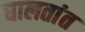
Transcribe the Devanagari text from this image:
घालतांत